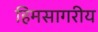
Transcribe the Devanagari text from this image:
हिमसागरीय